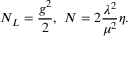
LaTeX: N _ { L } = \frac { g ^ { 2 } } { 2 } , ~ N = 2 \frac { { \lambda } ^ { 2 } } { { \mu } ^ { 2 } } \eta .